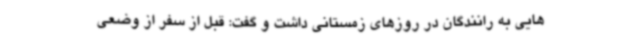
هایی به رانندگان در روزهای زمستانی داشت و گفت: قبل از سفر از وضعی